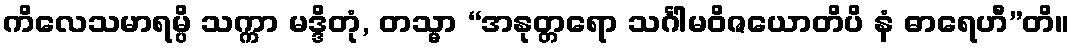
ကိလေသမာရမ္ပိ သက္ကာ မဒ္ဒိတုံ, တသ္မာ “အနုတ္တရော သင်္ဂါမဝိဇယောတိပိ နံ ဓာရေဟီ”တိ။